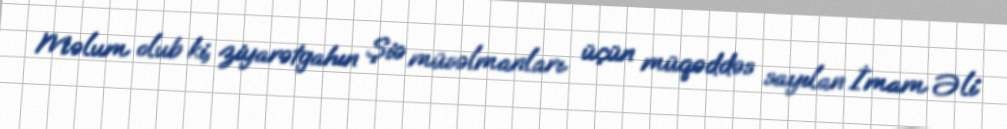
Məlum olub ki, ziyarətgahın Şiə müsəlmanları üçün müqəddəs sayılan İmam Əli